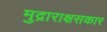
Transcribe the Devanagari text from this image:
मुद्राराक्षसकार